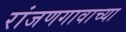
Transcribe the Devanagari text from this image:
रांजणगावाच्या